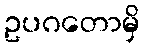
ဥပဂတောမှိ